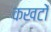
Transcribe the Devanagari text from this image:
कखटों